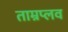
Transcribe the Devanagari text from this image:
ताम्रप्लव